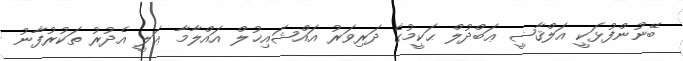
ބޭނުންފުޅަކީ އަލްޤާޟީ ޢަބްދުލް ޙަކީމުގެ ދަރިވަރު އައްޝައިޚުލް އައްލާމާ ޢަލީ އެދުރު ތަކުރުފާނު